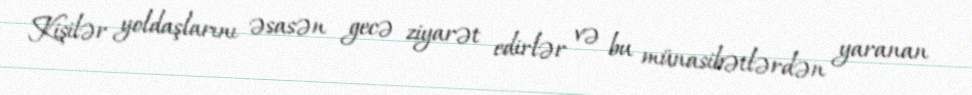
Kişilər yoldaşlarını əsasən gecə ziyarət edirlər və bu münasibətlərdən yaranan